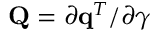
{ \bf Q } = \partial { \bf q } ^ { T } / \partial \boldsymbol { \gamma }